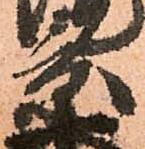
景